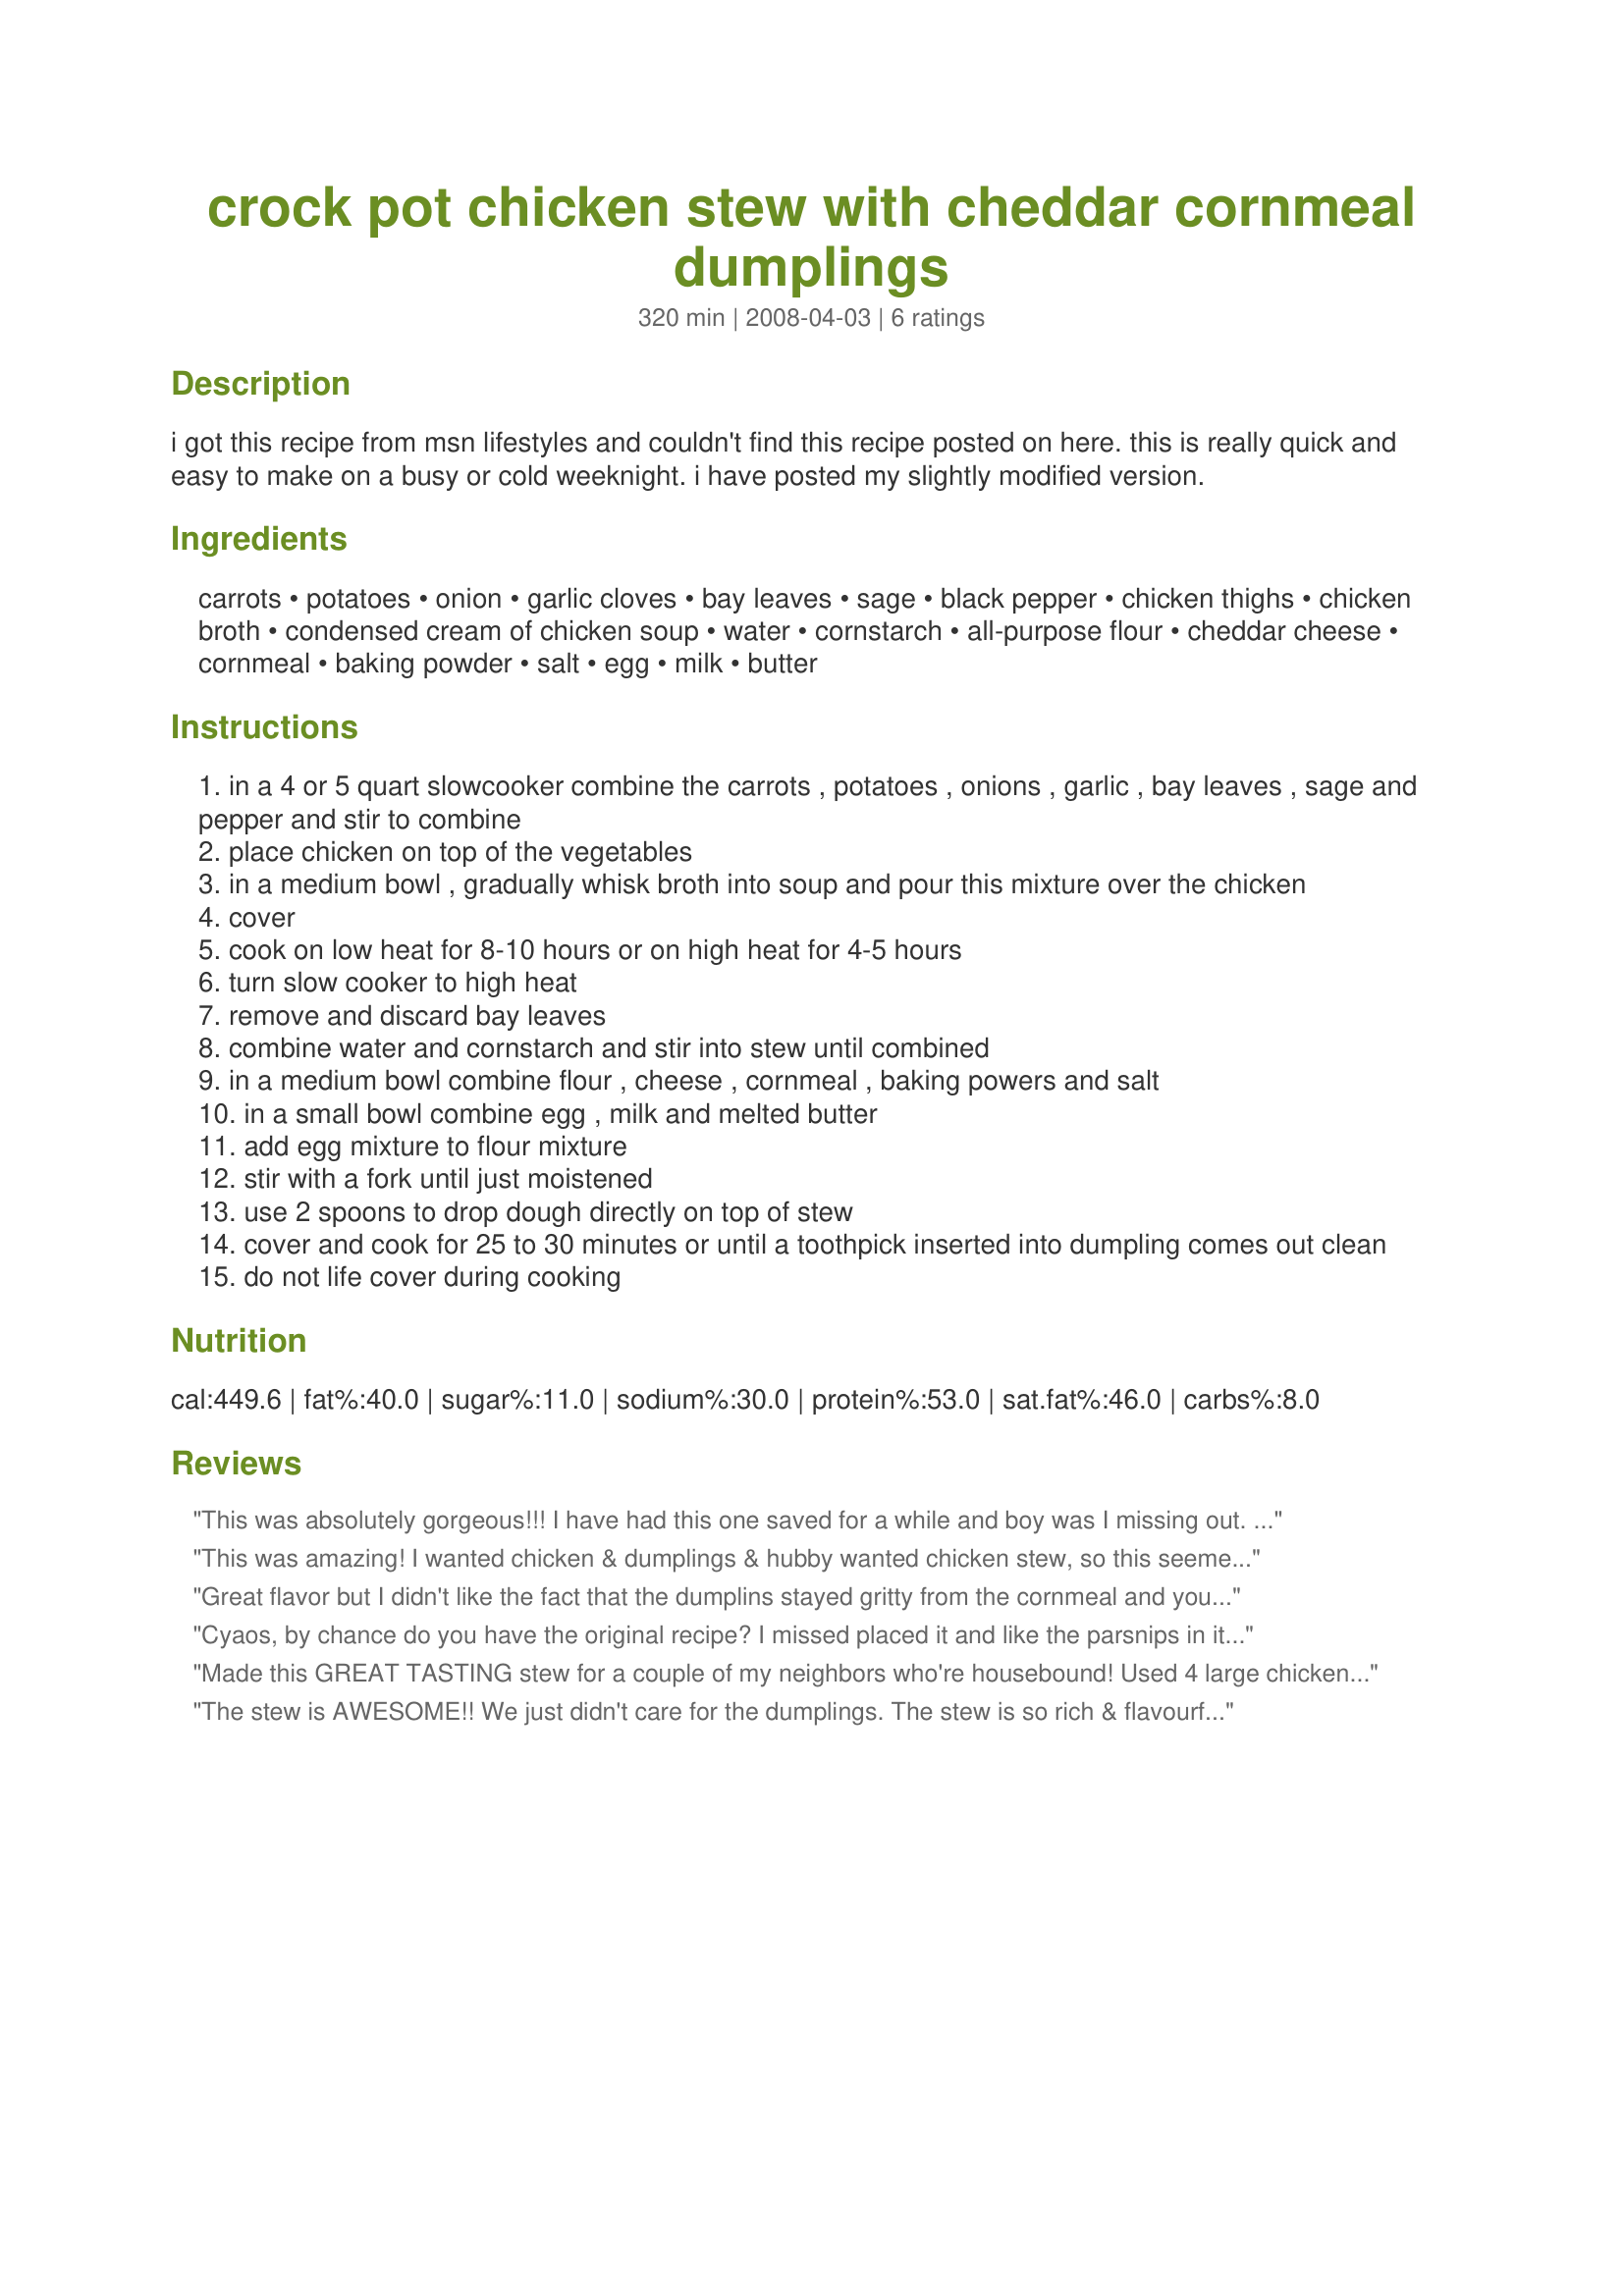
crock pot chicken stew with cheddar cornmeal dumplings
Preparation time: 320 minutes

i got this recipe from msn lifestyles and couldn't find this recipe posted on here. this is really quick and easy to make on a busy or cold weeknight. i have posted my slightly modified version.

Ingredients:
carrots, potatoes, onion, garlic cloves, bay leaves, sage, black pepper, chicken thighs, chicken broth, condensed cream of chicken soup, water, cornstarch, all-purpose flour, cheddar cheese, cornmeal, baking powder, salt, egg, milk, butter

Steps:
in a 4 or 5 quart slowcooker combine the carrots , potatoes , onions , garlic , bay leaves , sage and pepper and stir to combine
place chicken on top of the vegetables
in a medium bowl , gradually whisk broth into soup and pour this mixture over the chicken
cover
cook on low heat for 8-10 hours or on high heat for 4-5 hours
turn slow cooker to high heat
remove and discard bay leaves
combine water and cornstarch and stir into stew until combined
in a medium bowl combine flour , cheese , cornmeal , baking powers and salt
in a small bowl combine egg , milk and melted butter
add egg mixture to flour mixture
stir with a fork until just moistened
use 2 spoons to drop dough directly on top of stew
cover and cook for 25 to 30 minutes or until a toothpick inserted into dumpling comes out clean
do not life cover during cooking

Reviews:
This was absolutely gorgeous!!! I have had this one saved for a while and boy was I missing out. The flavour was exceptional and I have to say perfect directions. I have never made dumplings before and my hubby is used to his mum's and he said they were gorgeous. Thanks there cyaos!! the only thing I did differently with the dumplings was to add some herbs as well as the cheese. They were very naughty for my usual diet, but so yummy, and well worth it. I also added some peas and I used parsnip instead of potato only because I had some to use up. Otherwise followed directions as stated. A great winter warmer and the perfect comfort food. We will be enjoying this one again this winter. Yum, Yum and Yum.
This was amazing! I wanted chicken & dumplings & hubby wanted chicken stew, so this seemed like a fair compromise. I added half a cup of cheese to the stew and an extra half cup of cheese to the dumpling mix. We both loved it! Thanks for the great recipe!
Great flavor but I didn't like the fact that the dumplins stayed gritty from the cornmeal and you can't even tell there is cheese in them.The soup itself tasted great but next time I think I will stick with regular flour dumplins.I used a can of cream of celery instead of chicken because thats what I had and I loved the slightly creamy note it added.
Cyaos, by chance do you have the original recipe? I missed placed it and like the parsnips in it. I make this soup all the time and it turns out every time! Sometimes, I'll put in frozen egg noodles instead of making the dumplings. You need to add a bit more water and/or broth to the soup because the noodles will absorb liquid.
Made this GREAT TASTING stew for a couple of my neighbors who're housebound! Used 4 large chicken breasts instead of the thighs, then followed the recipe! I did my usual taste test before delivering it, so I KNOW it was a GREAT comfort food! Now I need to make it for myself sometime after PAC! [Made & reviewed for one of the chefs I adopted in this Spring's PAC]
The stew is AWESOME!! We just didn't care for the dumplings. The stew is so rich & flavourful - perfect seasoning!! I used 3 cups of carrots because I wanted to use up what I had on hand. I used boneless, skinless chicken breasts because that's what we prefer. I made my chicken broth from Bovril's concentrate. At the end of the cooking time, I decided the stew looked a little boring so I microwaved a 14 oz. can of peas & added that - glad I did. As for the dumplings, the cornmeal seemed to be too overpowering - my husband was actually surprised that there was cheese in them because he said he couldn't taste it.
